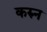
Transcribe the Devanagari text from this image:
करुन